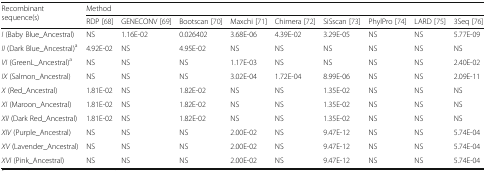
<table><thead><tr><td rowspan="2"><b>Recombinant sequence(s)</b></td><td colspan="9"><b>Method</b></td></tr><tr><td><b>RDP [68]</b></td><td><b>GENECONV [69]</b></td><td><b>Bootscan [70]</b></td><td><b>Maxchi [71]</b></td><td><b>Chimera [72]</b></td><td><b>SiSscan [73]</b></td><td><b>PhylPro [74]</b></td><td><b>LARD [75]</b></td><td><b>3Seq [76]</b></td></tr></thead><tbody><tr><td><i>I</i> (Baby Blue_Ancestral)</td><td>NS</td><td>1.16E-02</td><td>0.026402</td><td>3.68E-06</td><td>4.39E-02</td><td>3.29E-05</td><td>NS</td><td>NS</td><td>5.77E-09</td></tr><tr><td><i>II</i> (Dark Blue_Ancestral)<sup>a</sup></td><td>4.92E-02</td><td>NS</td><td>4.95E-02</td><td>NS</td><td>NS</td><td>NS</td><td>NS</td><td>NS</td><td>NS</td></tr><tr><td><i>VI</i> (GreenL_Ancestral)<sup>a</sup></td><td>NS</td><td>NS</td><td>NS</td><td>1.17E-03</td><td>NS</td><td>NS</td><td>NS</td><td>NS</td><td>2.40E-02</td></tr><tr><td><i>IX</i> (Salmon_Ancestral)</td><td>NS</td><td>NS</td><td>NS</td><td>3.02E-04</td><td>1.72E-04</td><td>8.99E-06</td><td>NS</td><td>NS</td><td>2.09E-11</td></tr><tr><td><i>X</i> (Red_Ancestral)</td><td>1.81E-02</td><td>NS</td><td>1.82E-02</td><td>NS</td><td>NS</td><td>1.35E-02</td><td>NS</td><td>NS</td><td>NS</td></tr><tr><td><i>XI</i> (Maroon_Ancestral)</td><td>1.81E-02</td><td>NS</td><td>1.82E-02</td><td>NS</td><td>NS</td><td>1.35E-02</td><td>NS</td><td>NS</td><td>NS</td></tr><tr><td><i>XII</i> (Dark Red_Ancestral)</td><td>1.81E-02</td><td>NS</td><td>1.82E-02</td><td>NS</td><td>NS</td><td>1.35E-02</td><td>NS</td><td>NS</td><td>NS</td></tr><tr><td><i>XIV</i> (Purple_Ancestral)</td><td>NS</td><td>NS</td><td>NS</td><td>2.00E-02</td><td>NS</td><td>9.47E-12</td><td>NS</td><td>NS</td><td>5.74E-04</td></tr><tr><td><i>XV</i> (Lavender_Ancestral)</td><td>NS</td><td>NS</td><td>NS</td><td>2.00E-02</td><td>NS</td><td>9.47E-12</td><td>NS</td><td>NS</td><td>5.74E-04</td></tr><tr><td><i>XVI</i> (Pink_Ancestral)</td><td>NS</td><td>NS</td><td>NS</td><td>2.00E-02</td><td>NS</td><td>9.47E-12</td><td>NS</td><td>NS</td><td>5.74E-04</td></tr></tbody></table>